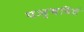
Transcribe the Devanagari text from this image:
पञ्चविधं